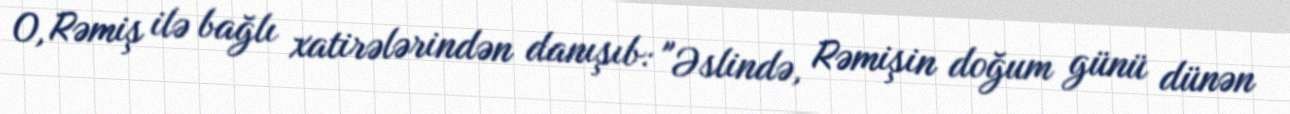
O, Rəmiş ilə bağlı xatirələrindən danışıb: "Əslində, Rəmişin doğum günü dünən